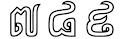
៧៨៩